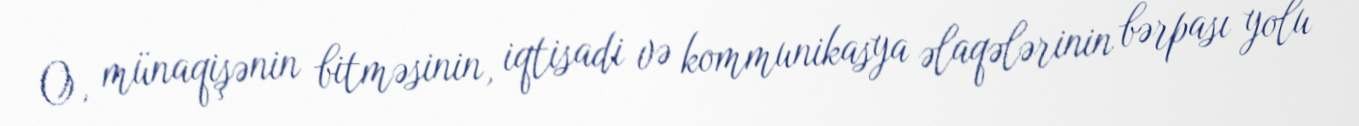
O, münaqişənin bitməsinin, iqtisadi və kommunikasya əlaqələrinin bərpası yolu